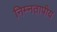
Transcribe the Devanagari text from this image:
निम्नतापीय